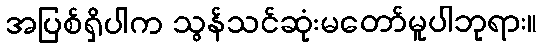
အပြစ်ရှိပါက သွန်သင်ဆုံးမတော်မူပါဘုရား။